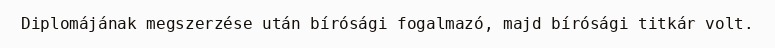
Diplomájának megszerzése után bírósági fogalmazó, majd bírósági titkár volt.